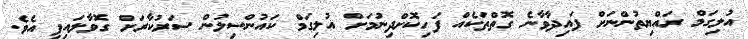
އުލިގަމް ރައްޔިތުންނަށް ފައިދާވާނެ ގޮތްތަކެއް ފަހިކޮށްދިނުމަށް އުލިގަމް ކައުންސިލުން ސަރުކާރަށް ގޮވާލައިފި އެވެ.